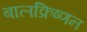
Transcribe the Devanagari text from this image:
बालक्रिष्णन